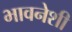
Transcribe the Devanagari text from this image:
भावनेशी